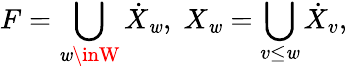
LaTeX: F=\bigcup_{\mathit{w}\inW}\dot{{X}}_{\mathit{w}},\; X_{\mathit{w}}=\bigcup_{v\leq\mathit{w}}\dot{{X}}_{v},